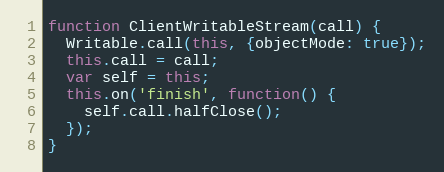
Language: JavaScript
function ClientWritableStream(call) {
  Writable.call(this, {objectMode: true});
  this.call = call;
  var self = this;
  this.on('finish', function() {
    self.call.halfClose();
  });
}